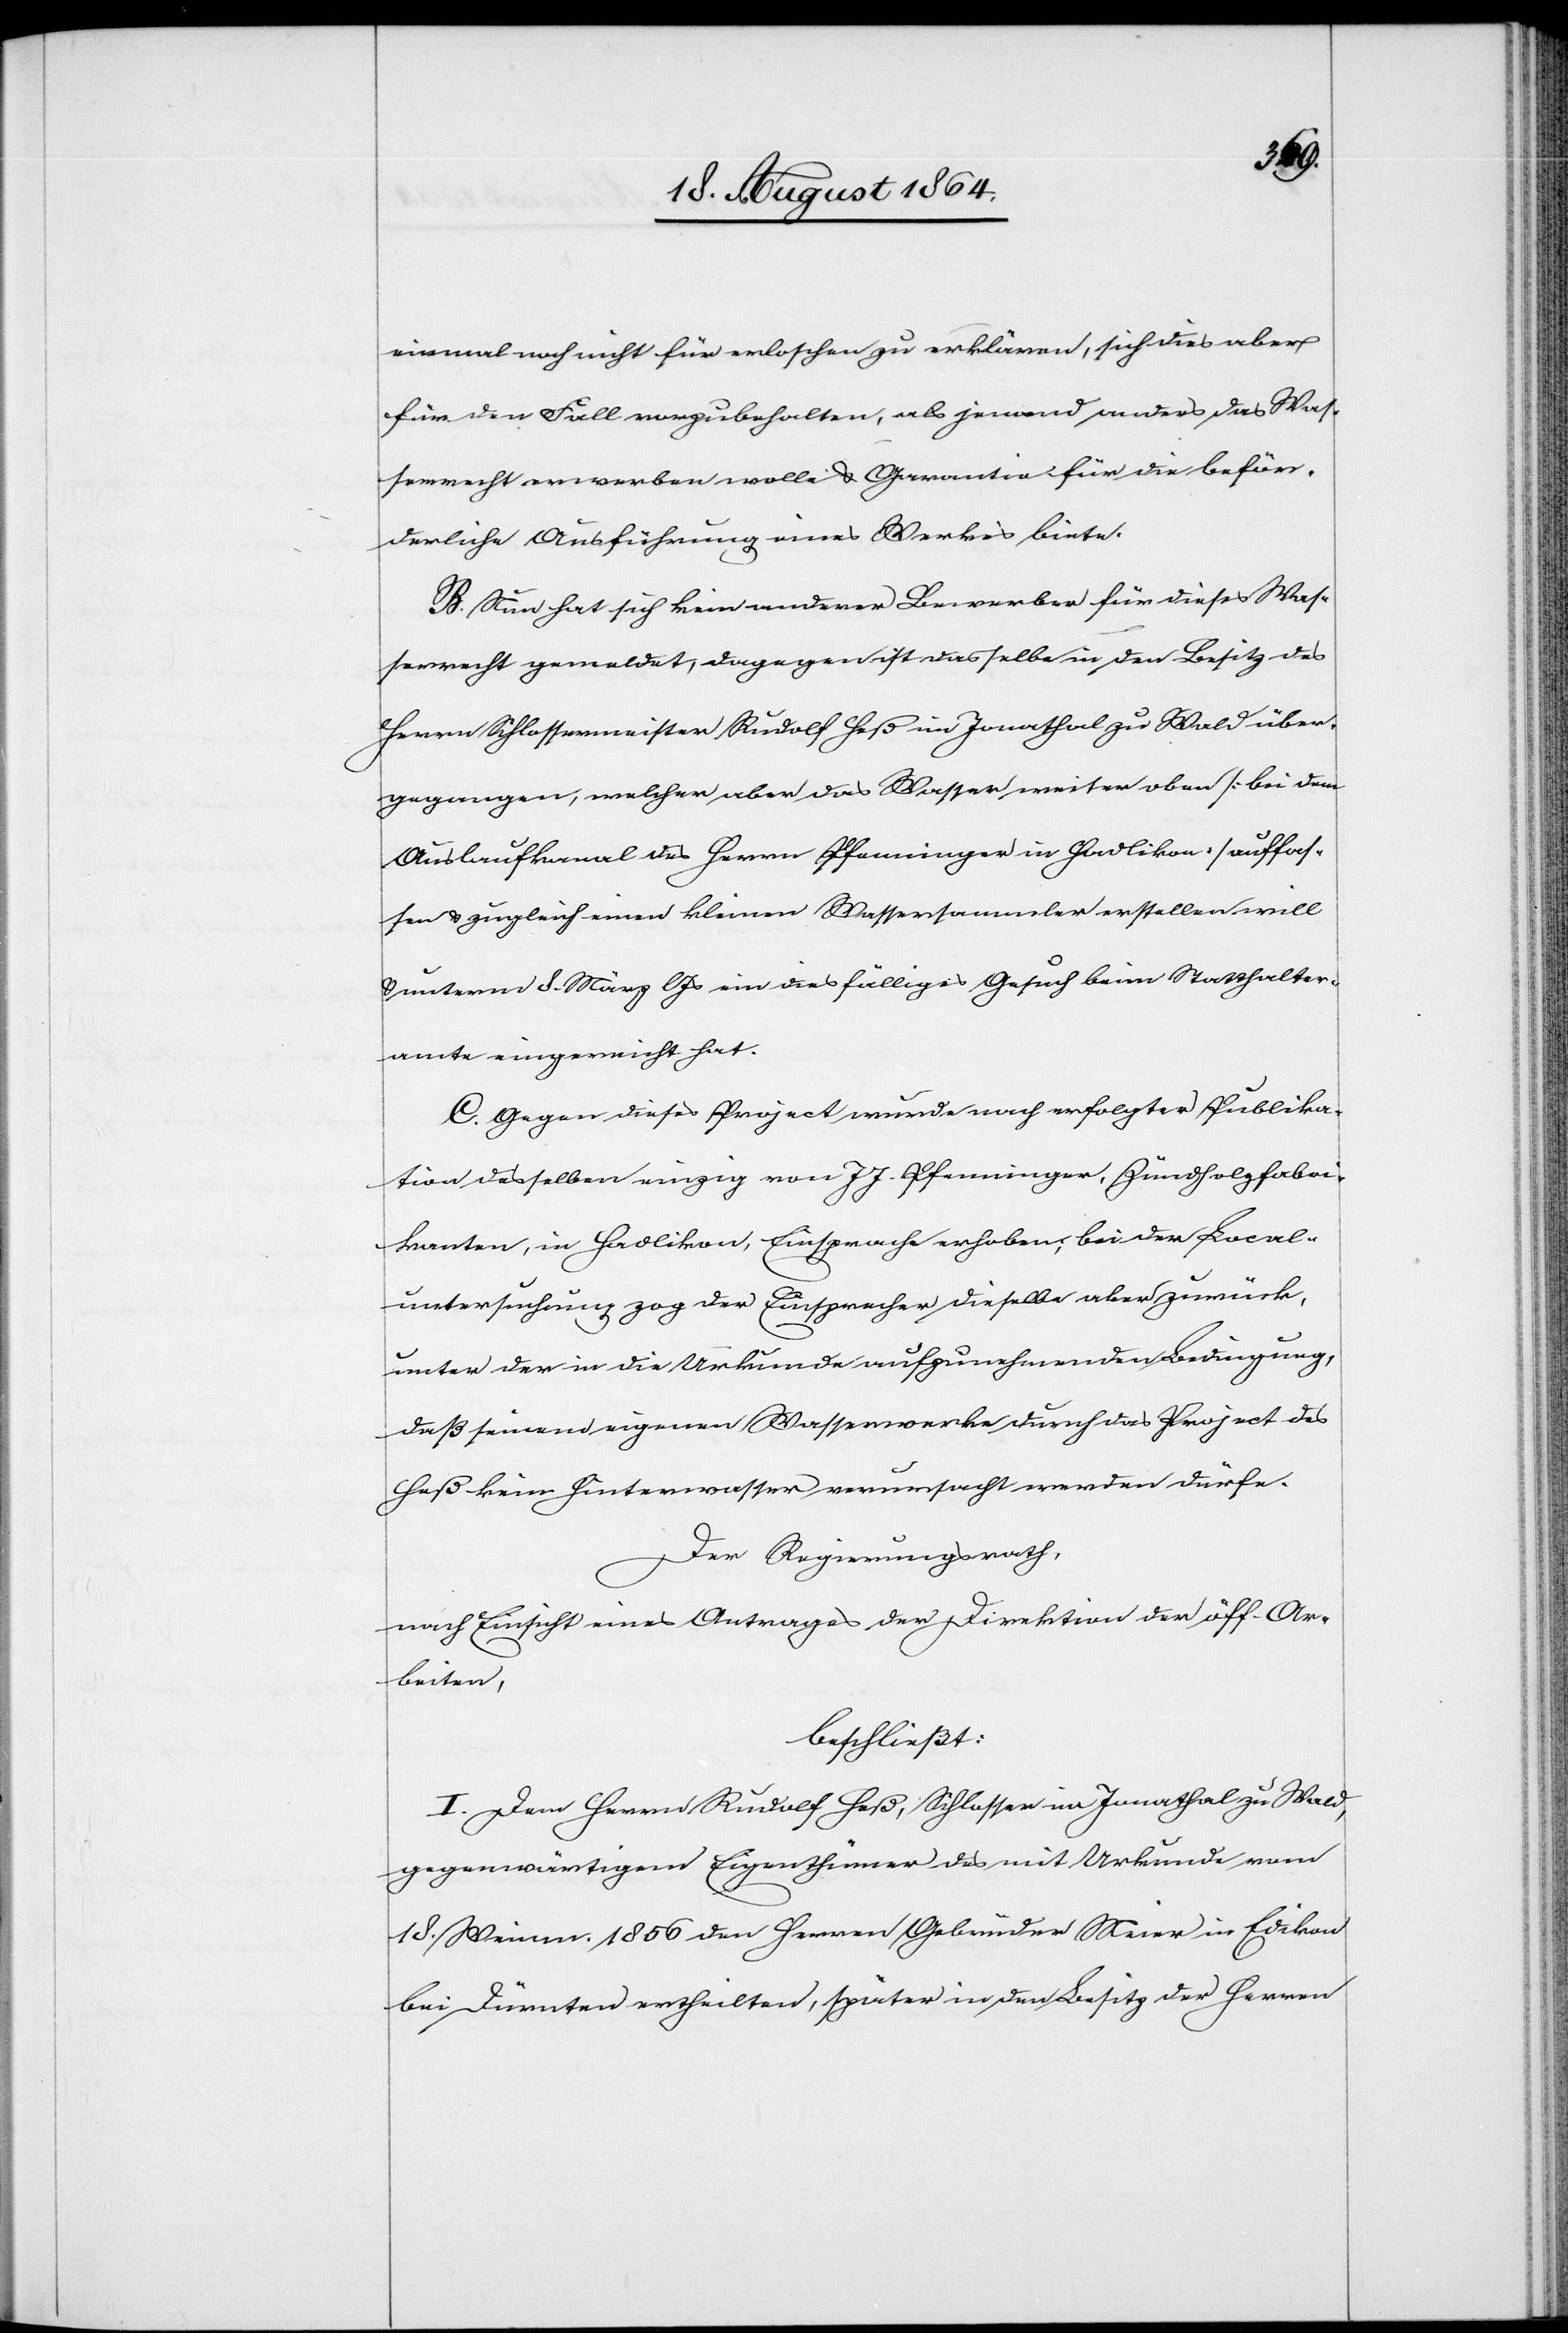
einmal noch nicht für erloschen zu erklären, sich dies aber
für den Fall vorzubehalten, als jemand anders das Was¬
serrecht erwerben wolle & Garantie für die beför¬
derliche Ausführung eines Werkes biete.
B. Nun hat sich kein anderer Bewerber für dieses Was¬
serrecht gemeldet, dagegen ist dasselbe in den Besitz des
Herrn Schlossermeister Rudolf Heß im Jonathal zu Wald über¬
gegangen, welcher aber das Wasser weiter oben [bei dem
Auslaufkanal des Herrn Pfenninger in Hadlikon] auffas¬
sen & zugleich einen kleinen Wassersammler erstellen will
& unterm 8. März l. Js. ein diesfälliges Gesuch beim Statthalter¬
amte eingereicht hat.
C. Gegen dieses Project wurde nach erfolgter Publika¬
tion desselben einzig von J. J. Pfenninger, Zündholzfabri¬
kanten, in Hadlikon, Einsprache erhoben; bei der Local¬
untersuchung zog der Einsprecher dieselbe aber zurück,
unter der in die Urkunde aufzunehmenden Bedingung,
daß seinem eigenen Wasserwerke durch das Project des
Heß kein Hinterwasser verursacht werden dürfe.
Der Regierungsrath,
nach Einsicht eines Antrages der Direktion der öff. Ar¬
beiten,
beschließt:
I. Dem Herrn Rudolf Heß, Schlosser im Jonathal zu Wald,
gegenwärtigem Eigenthümer des mit Urkunde vom
18. Weinm. 1856 den Herren Gebrüder Meier in Edikon
bei Dürnten ertheilten, später in den Besitz der Herren